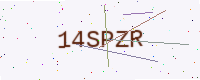
Text: 14SPZR